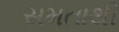
સમતાથી